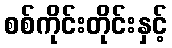
စစ်ကိုင်းတိုင်းနှင့်